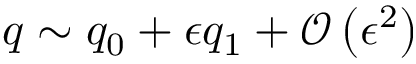
q \sim q _ { 0 } + \epsilon q _ { 1 } + \mathcal { O } \left( \epsilon ^ { 2 } \right)